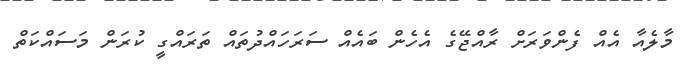
މާލެއާ އެއް ފެންވަރަށް ރާއްޖޭގެ އެހެން ބައެއް ސަރަހައްދުތައް ތަރައްގީ ކުރަން މަސައްކަތް